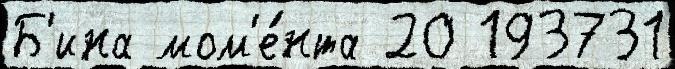
Б'ина мом'е́нта 20 193731